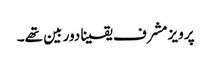
پرویز مشرف یقینا دور بین تھے۔